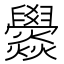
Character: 𤓟